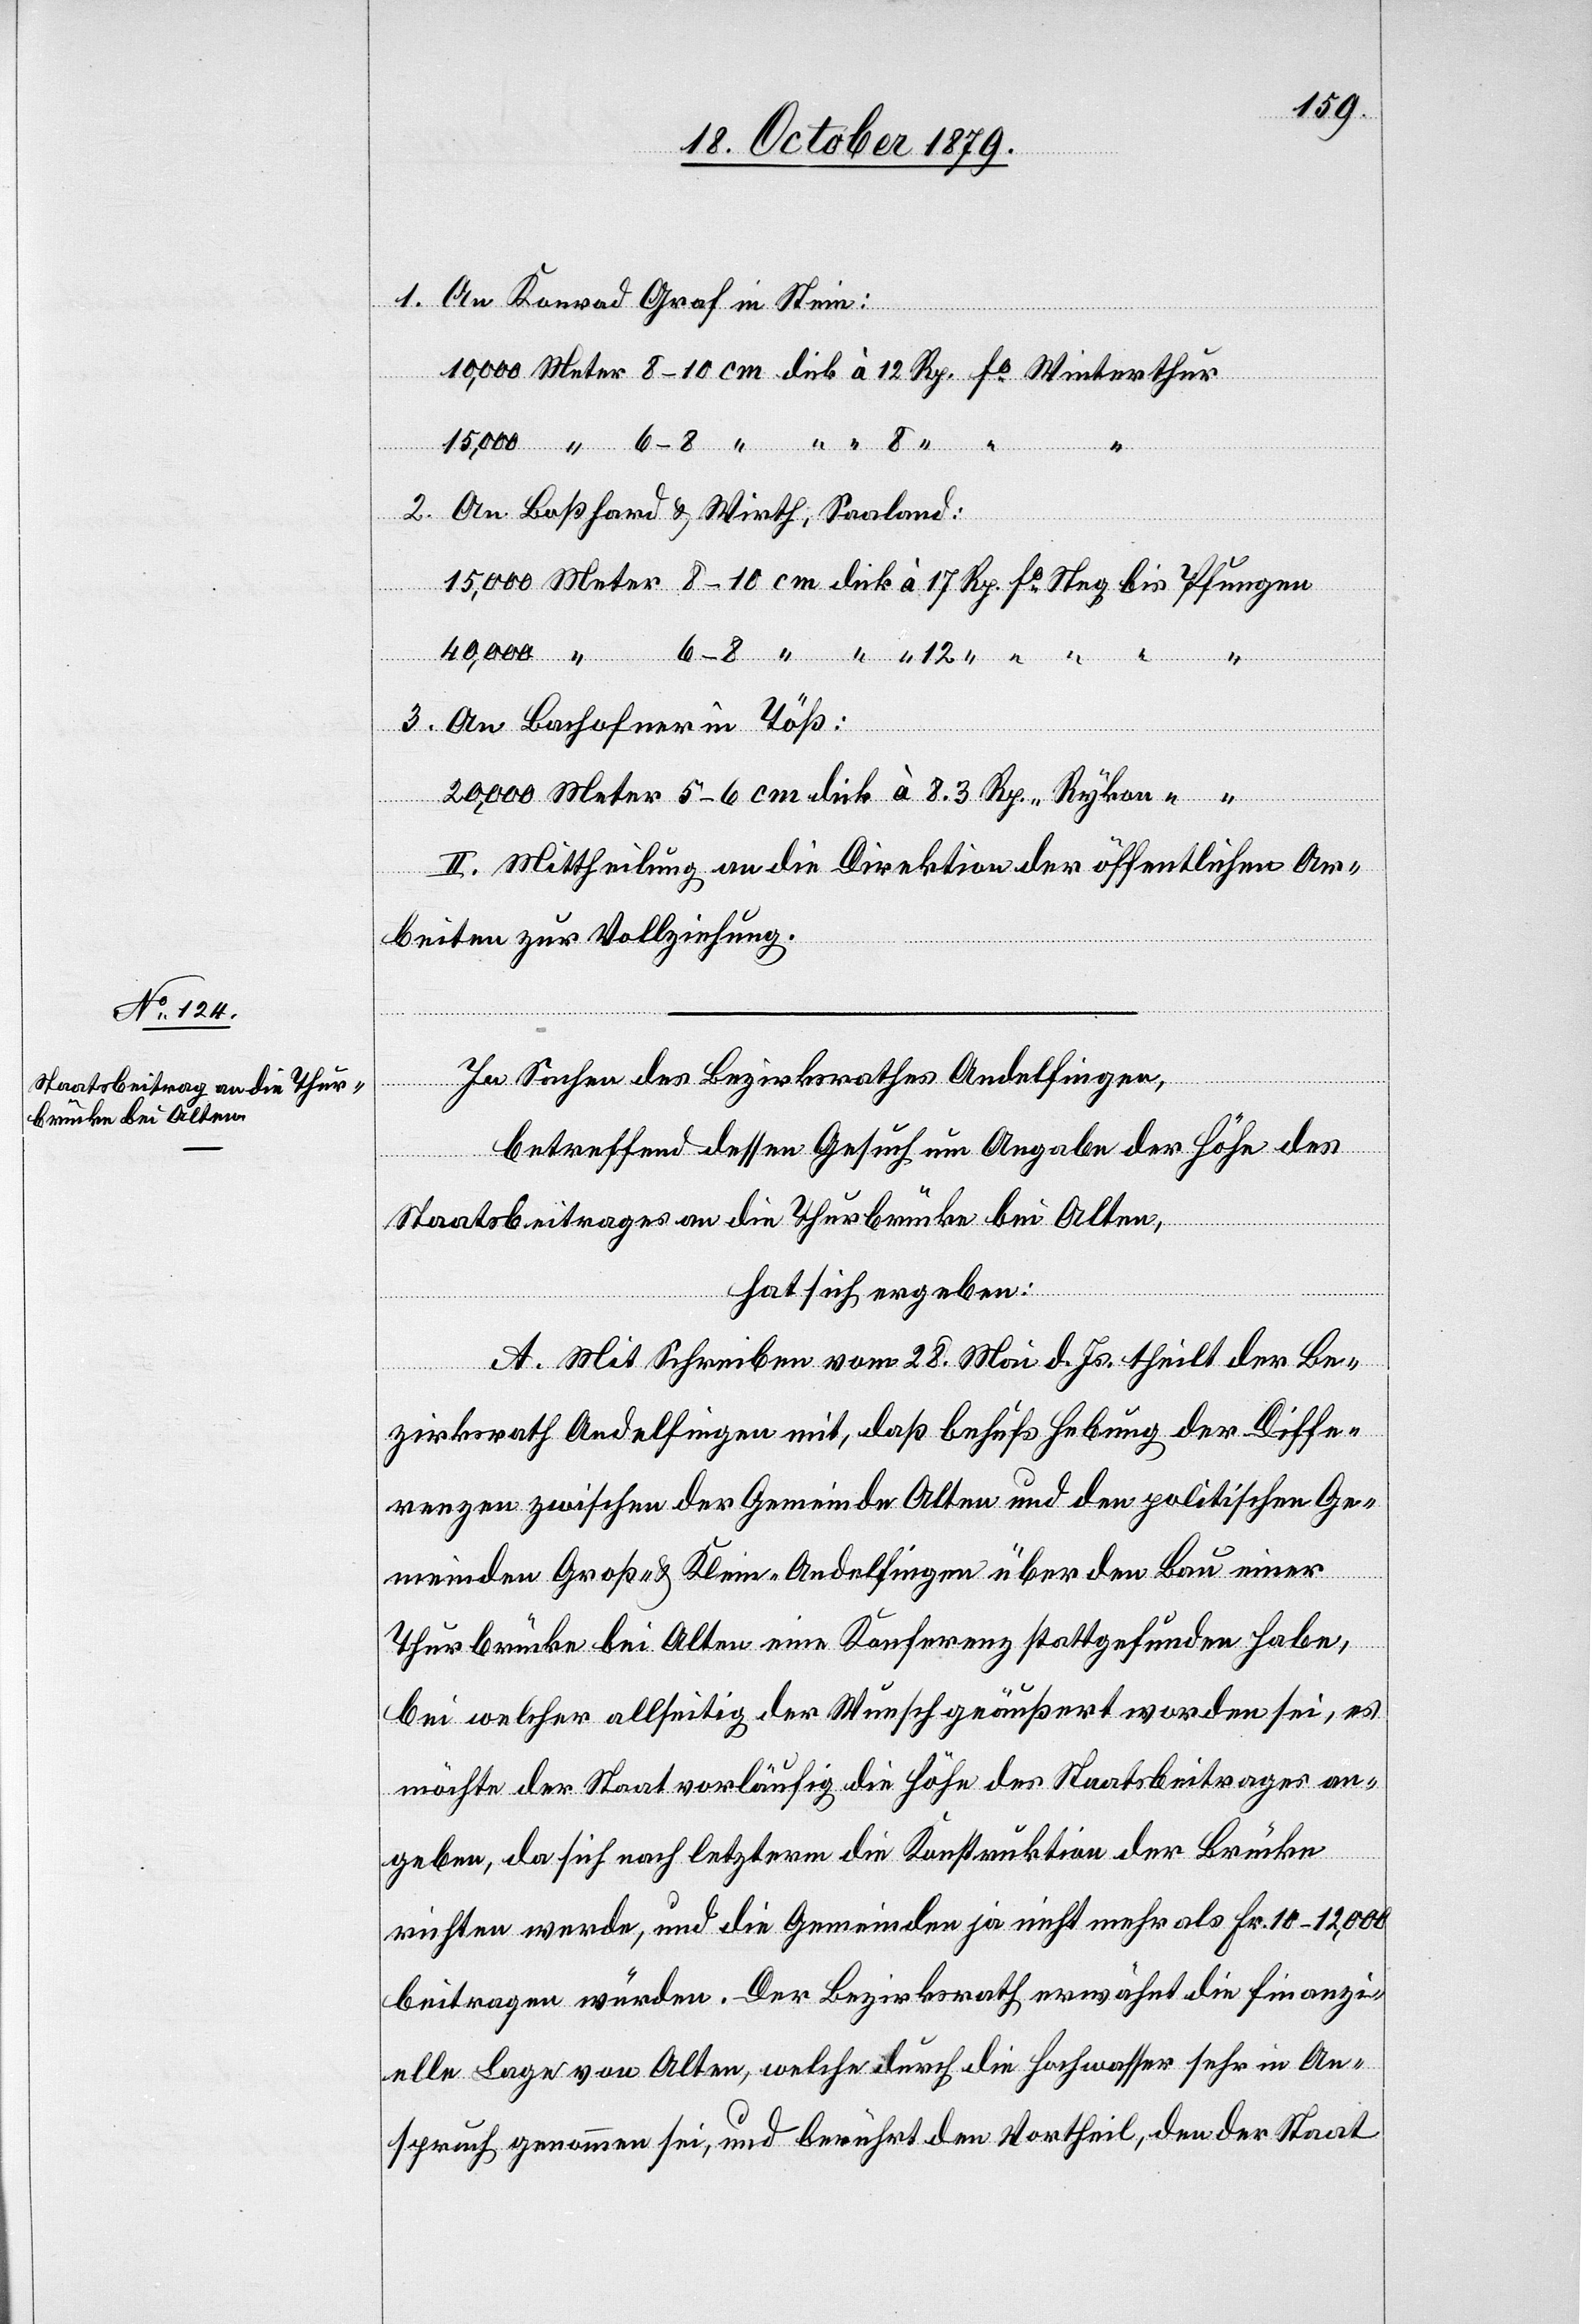
1. An Konrad Graf in Stein:
10,000 Meter 8–10 cm dick à 12 Rp. fo Winterthur
12 “
15,000 “ 6–8 “ “ “ 8 “ “
2. An Boßhard & Wirth, Saaland:
15,000 Meter 8–10 cm dick à 17 Rp. fo Steg bis Pfungen
40,000 “
3. An Bachofner in Töß:
20,000 Meter 5–6 cm dick à 8.3 Rp. “ Rykon “ “
II: Mittheilung an die Direktion der öffentlichen Ar¬
beiten zur Vollziehung.
In Sachen des Bezirkrathes Andelfingen,
betreffend dessen Gesuch um Angabe der Höhe des
Staatsbeitrages an die Thurbrücke bei Olten,
hat sich ergeben:
A. Mit Schreiben vom 28. Mai d. Js. theilt der Be¬
zirksrath Andelfingen mit, daß behufs Hebung der Diffe¬
renzen zwischen der Gemeinde Olten und den politischen Ge¬
meinden Groß- & Klein-Andelfingen über den Bau einer
Thurbrücke bei Olten eine Konferenz stattgefunden habe,
bei welcher allseitig der Wunsch geäußert worden sei, es
möchte der Staat vorläufig die Höhe des Staatsbeitrages an¬
geben, da sich nach letzterm die Konstruktion der Brücke
richten werde, und die Gemeinden ja nicht mehr als Fr. 10–12,000
beitragen würden. Der Bezirksrath erwähnt die finanzi¬
elle Lage von Olten, welche durch die Hochwasser sehr in An¬
spruch genommen sei, und berichtet den Vortheil, den der Stadt